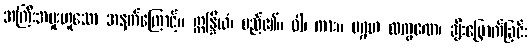
အကြီးအမှုးဟူသော အနက်ကြောင့်။ ဣန္ဒြိယံ၊ မည်၏။ ဝါ၊ ကား။ ပဂ္ဂဟ လက္ခဏေ၊ ချီးမြှောက်ခြင်း